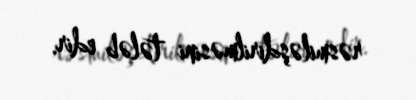
rəsmiləşdirilməsini tələb edir.